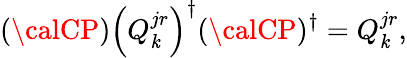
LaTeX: ({\calCP})\left(Q_{\mathit{k}}^{jr}\right)^{\dagger}({\calCP})^{\dagger}=Q_{\mathit{k}}^{jr},